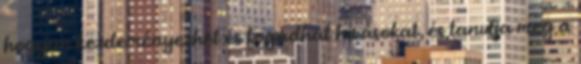
hogyan kezdeményezhet és fogadhat hívásokat, és tanulja meg a